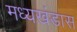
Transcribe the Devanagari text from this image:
मध्यखंडास